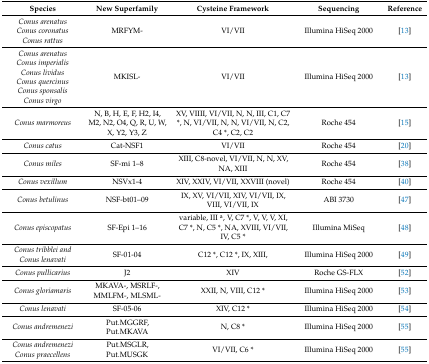
<table><thead><tr><td><b>Species</b></td><td><b>New Superfamily</b></td><td><b>Cysteine Framework</b></td><td><b>Sequencing </b></td><td><b>Reference</b></td></tr></thead><tbody><tr><td><i>Conus arenatus</i><i>Conus coronatus</i><i>Conus rattus</i></td><td>MRFYM-</td><td>VI/VII</td><td>Illumina HiSeq 2000</td><td>[13]</td></tr><tr><td><i>Conus arenatus</i><i>Conus imperialis</i><i>Conus lividus</i><i>Conus quercinus</i><i>Conus sponsalis</i><i>Conus virgo</i></td><td>MKISL-</td><td>VI/VII</td><td>Illumina HiSeq 2000</td><td>[13]</td></tr><tr><td><i>Conus marmoreus</i></td><td>N, B, H, E, F, H2, I4, M2, N2, O4, Q, R, U, W, X, Y2, Y3, Z</td><td>XV, VIIII, VI/VII, N, N, III, C1, C7 *, N, VI/VII, N, N, VI/VII, N, C2, C4 *, C2, C2</td><td>Roche 454</td><td>[15]</td></tr><tr><td><i>Conus catus</i></td><td>Cat-NSF1</td><td>VI/VII</td><td>Roche 454</td><td>[20]</td></tr><tr><td><i>Conus miles</i></td><td>SF-mi 1–8</td><td>XIII, C8-novel, VI/VII, N, N, XV, NA, XIII</td><td>Roche 454</td><td>[38]</td></tr><tr><td><i>Conus vexillum</i></td><td>NSVx1-4</td><td>XIV, XXIV, VI/VII, XXVIII (novel)</td><td>Roche 454</td><td>[40]</td></tr><tr><td><i>Conus betulinus</i></td><td>NSF-bt01–09</td><td>IX, XV, VI/VII, XIV, VI/VII, IX, VIII, VI/VII, IX</td><td>ABI 3730 </td><td>[47]</td></tr><tr><td><i>Conus episcopatus</i></td><td>SF-Epi 1–16</td><td>variable, III <sup>a</sup>, V, C7 *, V, V, V, XI, C7 *, N, C5 *, NA, XVIII, VI/VII, IV, C5 *</td><td>Illumina MiSeq</td><td>[48]</td></tr><tr><td><i>Conus tribblei and Conus lenavati</i></td><td>SF-01-04</td><td>C12 *, C12 *, IX, XIII,</td><td>Illumina HiSeq 2000</td><td>[49]</td></tr><tr><td><i>Conus pullicarius</i></td><td>J2</td><td>XIV</td><td>Roche GS-FLX </td><td>[52]</td></tr><tr><td><i>Conus gloriamaris</i></td><td>MKAVA-, MSRLF-, MMLFM-, MLSML-</td><td>XXII, N, VIII, C12 *</td><td>Illumina HiSeq 2000</td><td>[53]</td></tr><tr><td><i>Conus lenavati</i></td><td>SF-05-06</td><td>XIV, C12 *</td><td>Illumina HiSeq 2000</td><td>[54]</td></tr><tr><td><i>Conus andremenezi</i></td><td>Put.MGGRF, Put.MKAVA</td><td>N, C8 *</td><td>Illumina HiSeq 2000</td><td>[55]</td></tr><tr><td><i>Conus andremenezi Conus praecellens</i></td><td>Put.MSGLR, Put.MUSGK</td><td>VI/VII, C6 *</td><td>Illumina HiSeq 2000</td><td>[55]</td></tr></tbody></table>